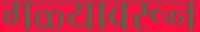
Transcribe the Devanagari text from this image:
गळ्यावरून